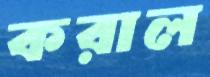
করাল